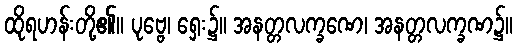
ထိုရဟန်းတို့၏။ ပုဗ္ဗေ၊ ရှေး၌။ အနတ္တလက္ခဏေ၊ အနတ္တလက္ခဏ၌။